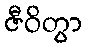
ဇီဝိတွာ